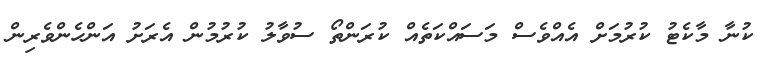
ކުނާ މާކެޓު ކުރުމަށް އެއްވެސް މަސައްކަތެއް ކުރަންތޯ ސުވާލު ކުރުމުން އެރަށު އަންހެންވެރިން